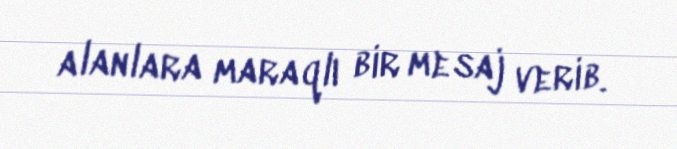
alanlara maraqlı bir mesaj verib.